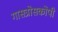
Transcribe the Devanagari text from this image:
गासत्रोसकोपी